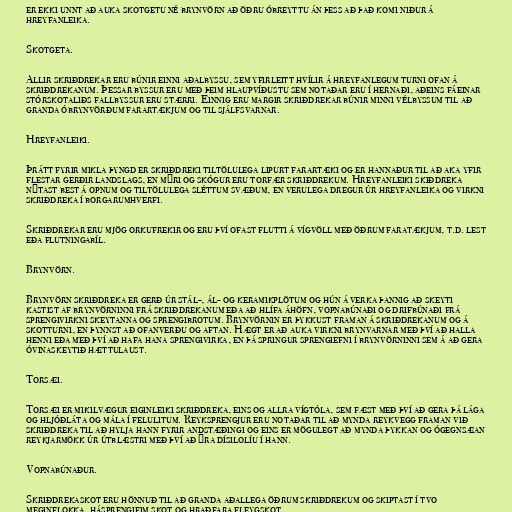
er ekki unnt að auka skotgetu né brynvörn að öðru óbreyttu án þess að það komi niður á
hreyfanleika.

Skotgeta.

Allir skriðdrekar eru búnir einni aðalbyssu, sem yfirleitt hvílir á hreyfanlegum turni ofan á
skriðdrekanum. Þessar byssur eru með þeim hlaupvíðustu sem notaðar eru í hernaði, aðeins fáeinar
stórskotaliðs fallbyssur eru stærri. Einnig eru margir skriðdrekar búnir minni vélbyssum til að
granda óbrynvörðum farartækjum og til sjálfsvarnar.

Hreyfanleiki.

Þrátt fyrir mikla þyngd er skriðdreki tiltölulega lipurt farartæki og er hannaður til að aka yfir
flestar gerðir landslags, en mýri og skógur eru torfær skriðdrekum. Hreyfanleiki skiðdreka
nýtast best á opnum og tiltölulega sléttum svæðum, en verulega dregur úr hreyfanleika og virkni
skriðdreka í borgarumhverfi.

Skriðdrekar eru mjög orkufrekir og eru því ofast flutti á vígvöll með öðrum faratækjum, t.d. lest
eða flutningabíl.

Brynvörn.

Brynvörn skriðdreka er gerð úr stál-, ál- og keramikplötum og hún á verka þannig að skeyti
kastist af brynvörninni frá skriðdrekanum eða að hlífa áhöfn, vopnabúnaði og drifbúnaði frá
sprengivirkni skeytanna og sprengibrotum. Brynvörnin er þykkust framan á skriðdrekanum og á
skotturni, en þynnst að ofanverðu og aftan. Hægt er að auka virkni brynvarnar með því að halla
henni eða með því að hafa hana sprengivirka, en þá springur sprengiefni í brynvörninni sem á að gera
óvinaskeytið hættulaust.

Torsæi.

Torsæi er mikilvægur eiginleiki skriðdreka, eins og allra vígtóla, sem fæst með því að gera þá lága
og hljóðláta og mála í felulitum. Reyksprengjur eru notaðar til að mynda reykvegg framan við
skriðdreka til að hylja hann fyrir andstæðingi og eins er mögulegt að mynda þykkan og ógegnsæan
reykjarmökk úr útblæstri með því að ýra dísilolíu í hann.

Vopnabúnaður.

Skriðdrekaskot eru hönnuð til að granda aðallega öðrum skriðdrekum og skiptast í tvo
meginflokka, hásprengifim skot og hraðfara fleygskot.